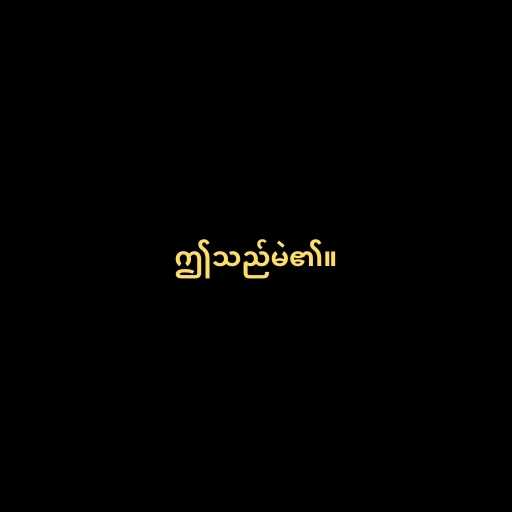
ဤသည်မဲ၏။